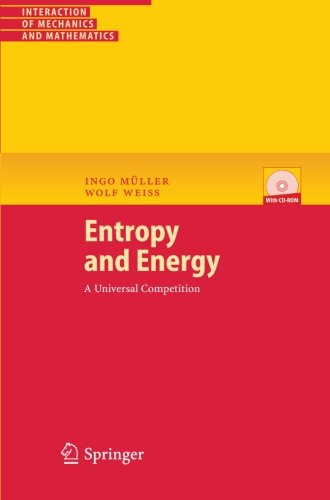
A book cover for Entropy and Energy: A Universal Competition (Interaction of Mechanics and Mathematics); Ingo MÃ¼ller; Science & Math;